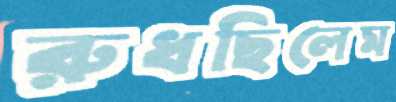
রুধছিলেম